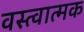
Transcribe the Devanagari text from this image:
वस्त्वात्मक